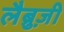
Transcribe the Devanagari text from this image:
लैब्रुज़ी